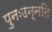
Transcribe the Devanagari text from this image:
पुनःउन्नति